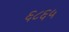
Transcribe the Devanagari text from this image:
६८६५